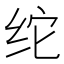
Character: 𰬉